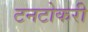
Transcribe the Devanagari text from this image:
टनटोकरी